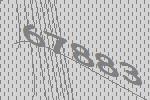
67883